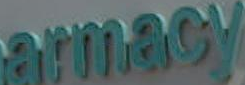
armacy